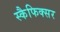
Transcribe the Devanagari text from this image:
स्कैफिक्सर